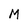
Character: M